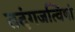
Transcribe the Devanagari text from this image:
तदंगजत्विषां